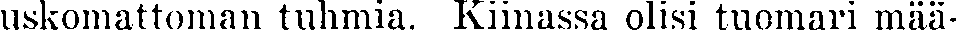
uskomattoman tuhmia. Kiinassa olisi tuomari mää-